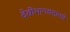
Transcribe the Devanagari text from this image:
देवीभागवतामधे